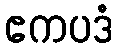
ဧကပဒံ